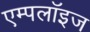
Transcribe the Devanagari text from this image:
एम्पलॉइज